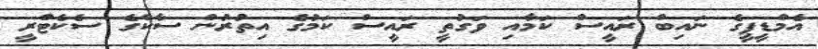
އެމްޑީޕީގެ ނައިބް ރައީސް ކަމާއި ވަގުތީ ރައީސް ކަމުގެ އިތުރުން ސާކްގެ ސެކެޓްރީ